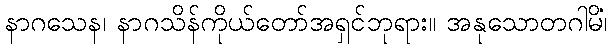
နာဂသေန၊ နာဂသိန်ကိုယ်တော်အရှင်ဘုရား။ အနုသောတဂါမိံ၊